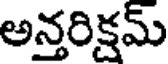
అన్తరిక్షమ్